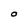
Character: O